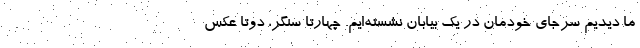
ما دیدیم سرجای خودمان در یک بیابان نشسته‌ایم. چهارتا سنگر، دوتا عکس